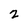
Character: 2